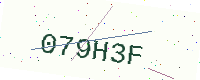
Text: 079H3F